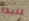
لنبدا